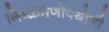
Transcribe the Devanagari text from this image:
निष्क्रमणोपयोगी